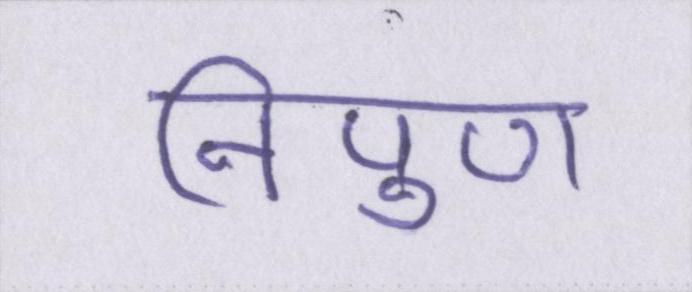
निपुण